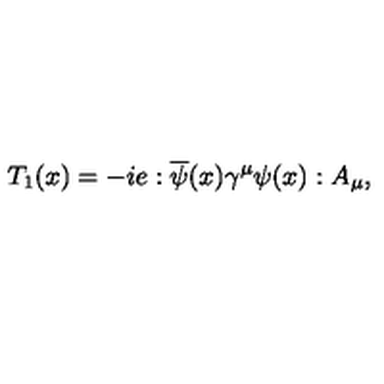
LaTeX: T _ { 1 } ( x ) = - i e : \overline { { \psi } } ( x ) \gamma ^ { \mu } \psi ( x ) : A _ { \mu } ,